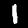
Label: 1